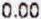
0.00